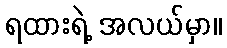
ရထားရဲ့ အလယ်မှာ။